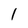
Character: l